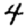
Digit: 4